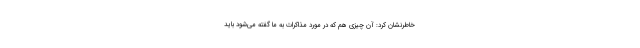
خاطرنشان کرد: آن چیزی هم که در مورد مذاکرات به ما گفته می‌‌شود باید